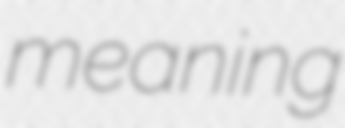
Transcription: meaning